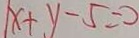
1 x + y - 5 = 0